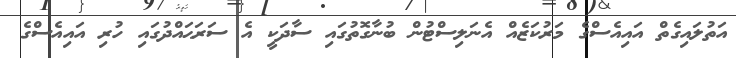
އަތުލައިގެތް އައިއެސްގެ މަރުކަޒެއް އެނަލިސްޓުން ބުނާގޮތުގައި ސާދަކީ އެ ސަރަޙައްދުގައި ހުރި އައިއެސްގެ